Document type: Sale
Year: 1305
Scribe: Bernat de Vilarúbia
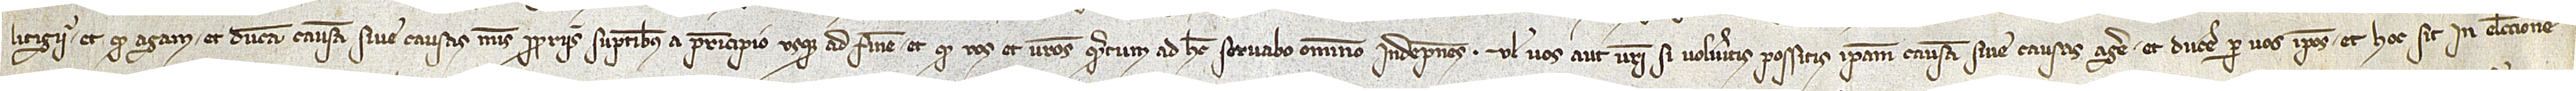
litigii; et quod agam et ducam causam sive causas meis propriis sumptibus, a principio usque ad finem; et quod vos et vestros quantum ad hec servabo omnino indempnes; vel vos aut vestri si volueritis possitis ipsam causam sive causas agere et ducere per vos ipsos. Et hoc sit in electione